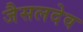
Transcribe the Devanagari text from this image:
जैसलदेव